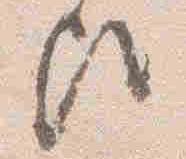
歟